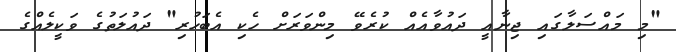
"މި މައްސަލާގައި ޖިނާއީ ދައުވާއެއް ކުރެވޭ މިންވަރަށް ހެކި އެބަހުރި" ދައުލަތުގެ ވަކީލެއްގެ